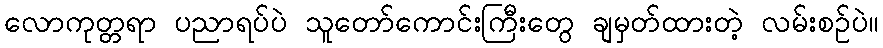
လောကုတ္တရာ ပညာရပ်ပဲ သူတော်ကောင်းကြီးတွေ ချမှတ်ထားတဲ့ လမ်းစဉ်ပဲ။